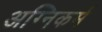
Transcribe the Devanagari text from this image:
अग्निकर्म